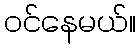
ဝင်နေမယ်။